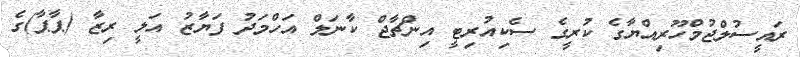
ރައީސުލްޖުމްހޫރިއްޔާގެ ކުރީގެ ސެކިއުރިޓީ އިންޗާޖް ކާނަލް އަހްމަދު ފަޔާޒު އަލީ ރިޒާ (ޕާޕާ)ގެ